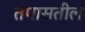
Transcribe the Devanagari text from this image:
तपासतील